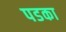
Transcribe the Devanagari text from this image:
पडका